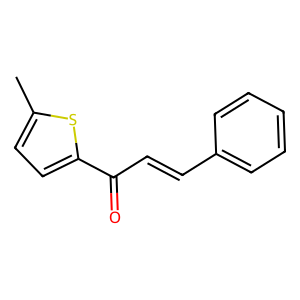
SMILES: Cc1ccc(C(=O)C=Cc2ccccc2)s1
Inhibits HIV replication: No